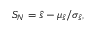
S _ { N } = \hat { s } - \mu _ { \hat { s } } / \sigma _ { \hat { s } } ,